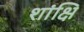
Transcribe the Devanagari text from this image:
शांक्षि